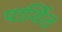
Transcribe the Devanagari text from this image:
पार्थित